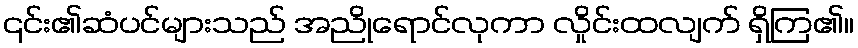
၎င်း၏ဆံပင်များသည် အညိုရောင်လုကာ လှိုင်းထလျက် ရှိကြ၏။